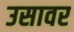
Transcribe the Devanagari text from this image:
उसावर